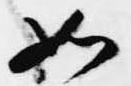
如